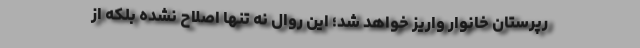
رپرستان خانوار واریز خواهد شد؛ این روال نه تنها اصلاح نشده بلکه از